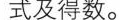
式及得数。